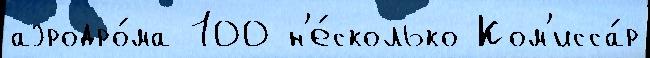
аэродро́ма 100 н'е́сколько Ком'исса́р